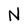
Character: N